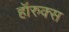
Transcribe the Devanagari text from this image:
हॉरुक्स